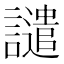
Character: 譴